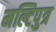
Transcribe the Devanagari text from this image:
मल्टिपुत्र